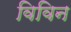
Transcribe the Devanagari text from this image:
विविन